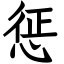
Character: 惩